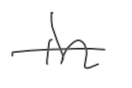
Text: in
Cross-out: single-line
Writing tool: digital_gray